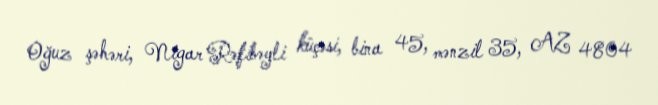
Oğuz şəhəri, Nigar Rəfibəyli küçəsi, bina 45, mənzil 35, AZ 4804